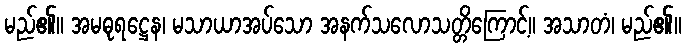
မည်၏။ အမဓုရဋ္ဌေန၊ မသာယာအပ်သော အနက်သလောသတ္တိကြောင့်။ အသာတံ၊ မည်၏။